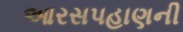
આરસપહાણની